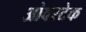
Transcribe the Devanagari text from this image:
ओवरटेक